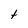
Character: t